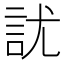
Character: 訧